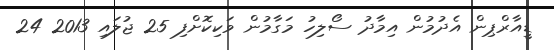
ޑީއާރްޕިން އެދުމުން އިމާދު ސޯލިހު މަގާމުން ވަކިކޮށްފި 25 ޖުލައި 2013 24